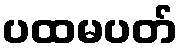
ပထမပတ်